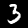
Label: 3